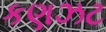
કણઝટ